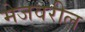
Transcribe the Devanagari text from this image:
मेजवरील